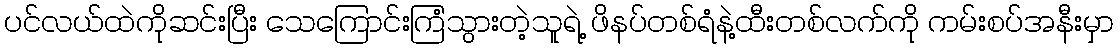
ပင်လယ်ထဲကိုဆင်းပြီး သေကြောင်းကြံသွားတဲ့သူရဲ့ ဖိနပ်တစ်ရံနဲ့ထီးတစ်လက်ကို ကမ်းစပ်အနီးမှာ